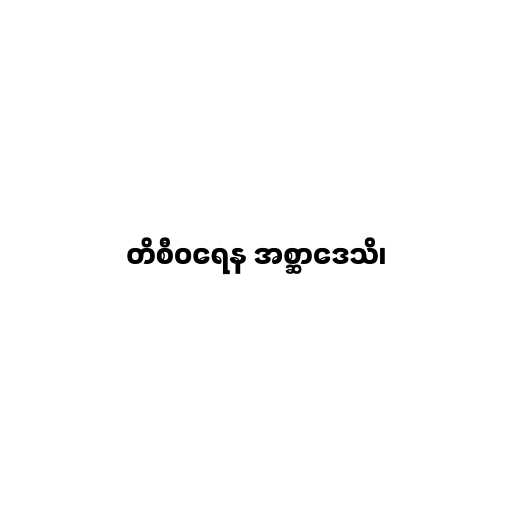
တိစီဝရေန အစ္ဆာဒေသိ၊